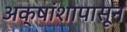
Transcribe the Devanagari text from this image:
अक्षांशापासून